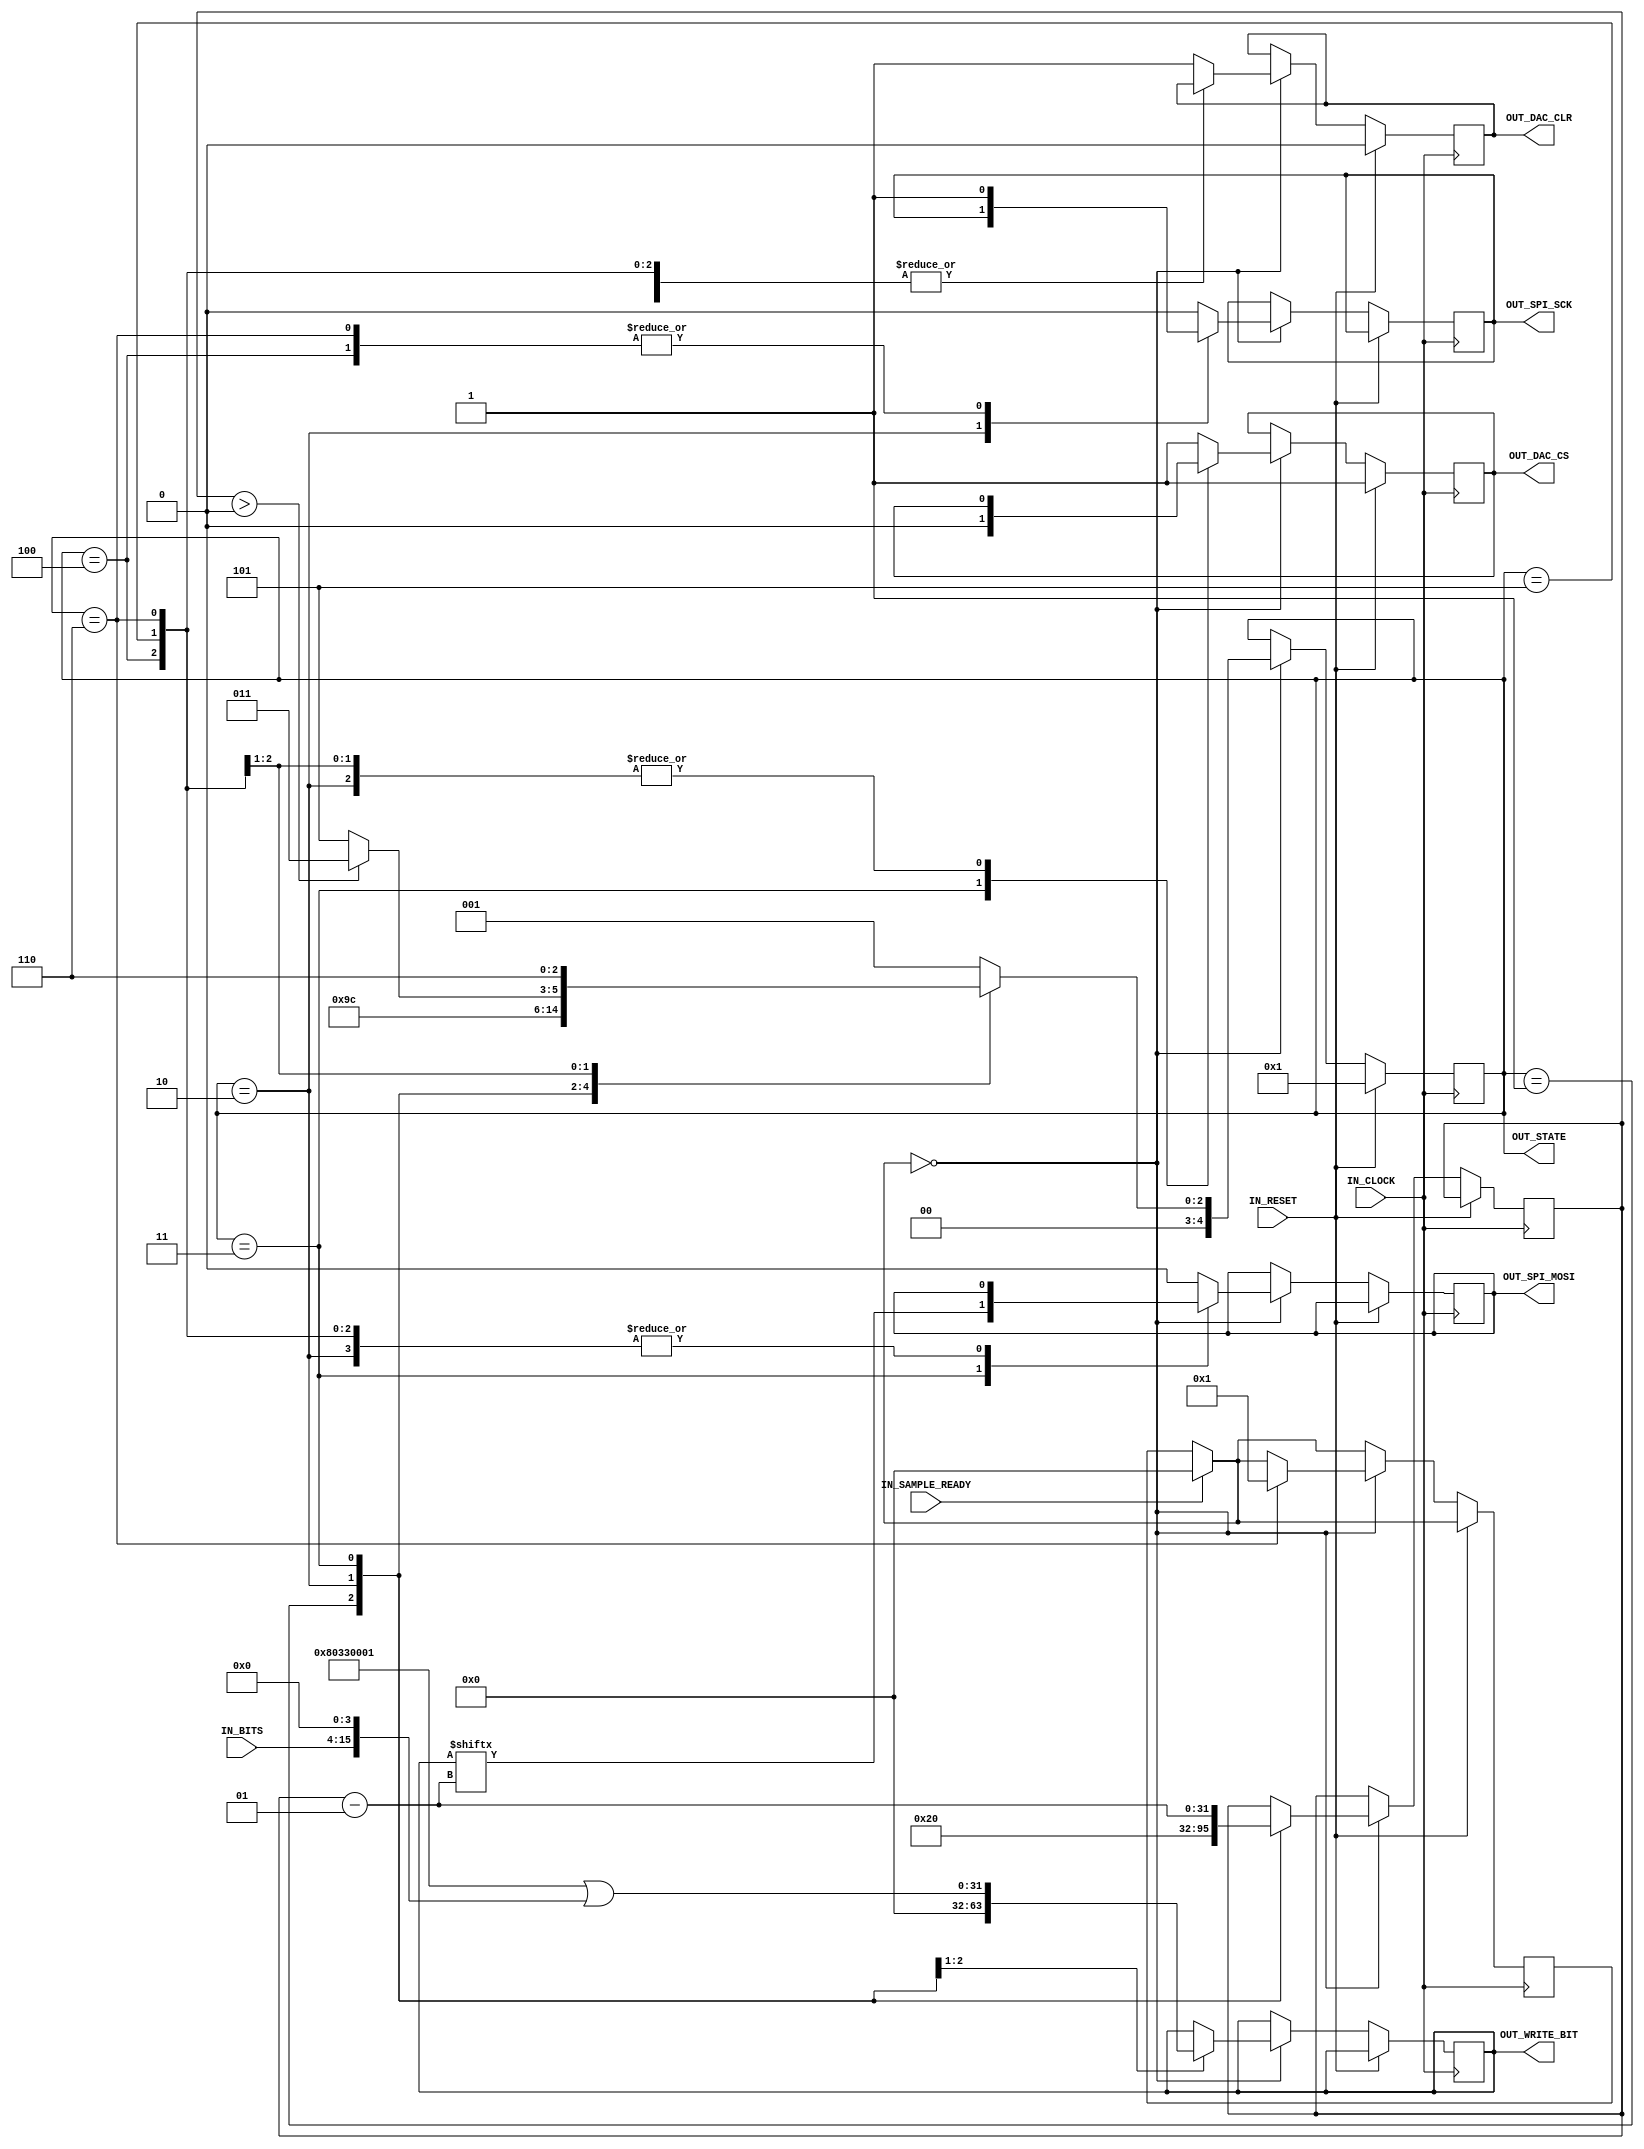
`timescale 1ns / 1ps

module DAC(
	// speed at which bits are written in dac, must be slower than 50mhz
	input IN_CLOCK,
	// set one to reset dac and 0 to start writing
	input IN_RESET,
	// actual value for dac output
	input [11:0]IN_BITS,
	// when new bits are provided
	input IN_SAMPLE_READY,
	// dac clock
	output OUT_SPI_SCK,
	// dac output
    output OUT_SPI_MOSI,
	// dac write flag
    output OUT_DAC_CS,
	// dac clear flag
    output OUT_DAC_CLR,
	// used by simulation to debug
	output [4:0]OUT_STATE,
	// used by simulation to debug
	output [31:0]OUT_WRITE_BIT
);

reg SPI_MOSI = 0;
reg DAC_CS = 1;
reg DAC_CLR = 0;
reg SPI_SCK = 0;

reg [31:0]BITS = 0;
reg [4:0] STATE = 1;

integer IS_SAMPLE_FINISHED = 1;
// 8-bit don't care 
// 4-bit command
// 4-bit dac pin 
// 12-bit dac value (these will be overriden from IN_BITS)
// 4-bit don't care
// currently this is hardcoded to:
// command: write and update dac (0011)
// pin: pin D (0011) 2.5v max
integer BASE_BITS = 32'b10000000001100110000000000000001; 
integer CURRENT_BIT = 32;

always @(posedge IN_CLOCK) begin
	if (IN_SAMPLE_READY == 1) begin
		IS_SAMPLE_FINISHED = 0;
	end
	
	if (IN_RESET == 1) begin
		DAC_CS = 1;
		DAC_CLR = 0;
		STATE = 1;
	end else if (IS_SAMPLE_FINISHED == 0) begin
		case (STATE)
		1: begin
			DAC_CS = 1;
			DAC_CLR = 1;
			
			SPI_SCK = 0;
			SPI_MOSI = 0;
			BITS = 0;
			CURRENT_BIT = 0;
			STATE = 2;
		end
		2: begin
			BITS = BASE_BITS | (IN_BITS << 4);
			CURRENT_BIT = 32;
			STATE = 3;
		end
		3: begin
			DAC_CS = 0;
			SPI_SCK = 0;
			SPI_MOSI = BITS[CURRENT_BIT - 1];
			CURRENT_BIT = CURRENT_BIT - 1;
			STATE = 4;
		end
		4: begin			
			if (CURRENT_BIT > 0) begin
				STATE = 3;
			end else begin
				STATE = 5;
			end
			
			SPI_SCK = 1;
		end
		5: begin
			SPI_SCK = 0;
			STATE = 6;
		end
		6: begin
			DAC_CS = 1;
			SPI_SCK = 1;
			STATE = 1;
			IS_SAMPLE_FINISHED = 1;
		end
		default: begin
			DAC_CS = 1;
			DAC_CLR = 1;
			SPI_SCK = 0;
			SPI_MOSI = 0;
			STATE = 1;
		end
		endcase
	end
end

assign OUT_SPI_MOSI = SPI_MOSI;
assign OUT_SPI_SCK = SPI_SCK;

assign OUT_DAC_CS = DAC_CS;
assign OUT_DAC_CLR = DAC_CLR;

// debugging
assign OUT_STATE = STATE;
assign OUT_WRITE_BIT = BITS;

endmodule